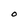
Character: 0